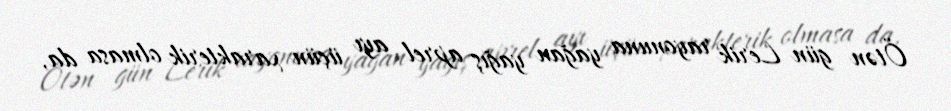
Ötən gün Lerik rayonuna yağan yağış aprel ayı üçün xarakterik olmasa da,